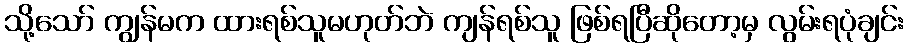
သို့သော် ကျွန်မက ထားရစ်သူမဟုတ်ဘဲ ကျန်ရစ်သူ ဖြစ်ရပြီဆိုတော့မှ လွမ်းရပုံချင်း